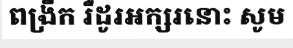
ពង្រីក រឺដូរអក្សរនោះ សូម